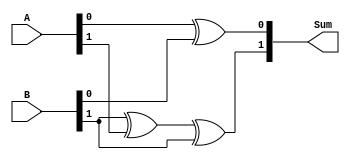
module kogge_stone_adder(
    input [7:0] A,
    input [7:0] B,
    output [8:0] Sum
);

wire [8:0] p, g; // partial sum and carry-out bits

// first level of combinational logic blocks
// each block computes a partial sum and carry-out bit
assign {p[0], g[0]} = A[0] ^ B[0]; // XOR gate
assign p[1] = p[0] ^ B[1];
// continue with the rest of the blocks

// interconnection network to propagate carry bits efficiently
assign g[1] = g[0] & A[1] | p[0] & B[1]; // AND and OR gates
// continue with the rest of the interconnections

// final sum is constructed from the partial sums
assign Sum[0] = A[0] ^ B[0];
assign Sum[1] = p[1] ^ A[1] ^ B[1];
// continue with the rest of the partial sums for the final sum

endmodule